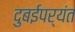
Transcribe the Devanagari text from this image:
दुबईपर्यंत